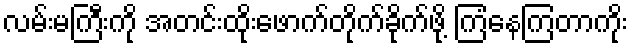
လမ်းမကြီးကို အတင်းထိုးဖောက်တိုက်ခိုက်ဖို့ ကြံနေကြတာကိုး